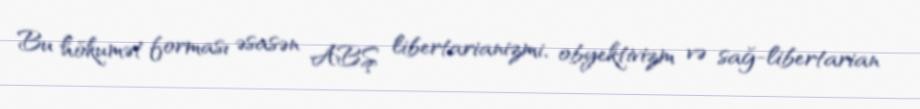
Bu hökumət forması əsasən ABŞ libertarianizmi, obyektivizm və sağ-libertarian